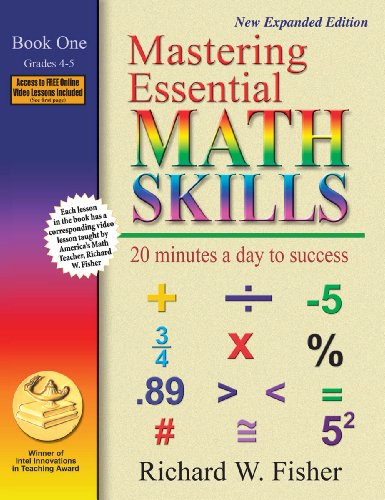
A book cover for Mastering Essential Math Skills: 20 Minutes a Day to Success, Book 1: Grades 4-5; Richard W.; Education & Teaching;